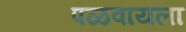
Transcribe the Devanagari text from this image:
पळवायला